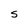
Character: s